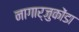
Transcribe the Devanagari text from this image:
नागार्जुकोंडा